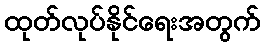
ထုတ်လုပ်နိုင်ရေးအတွက်